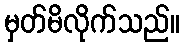
မှတ်မိလိုက်သည်။